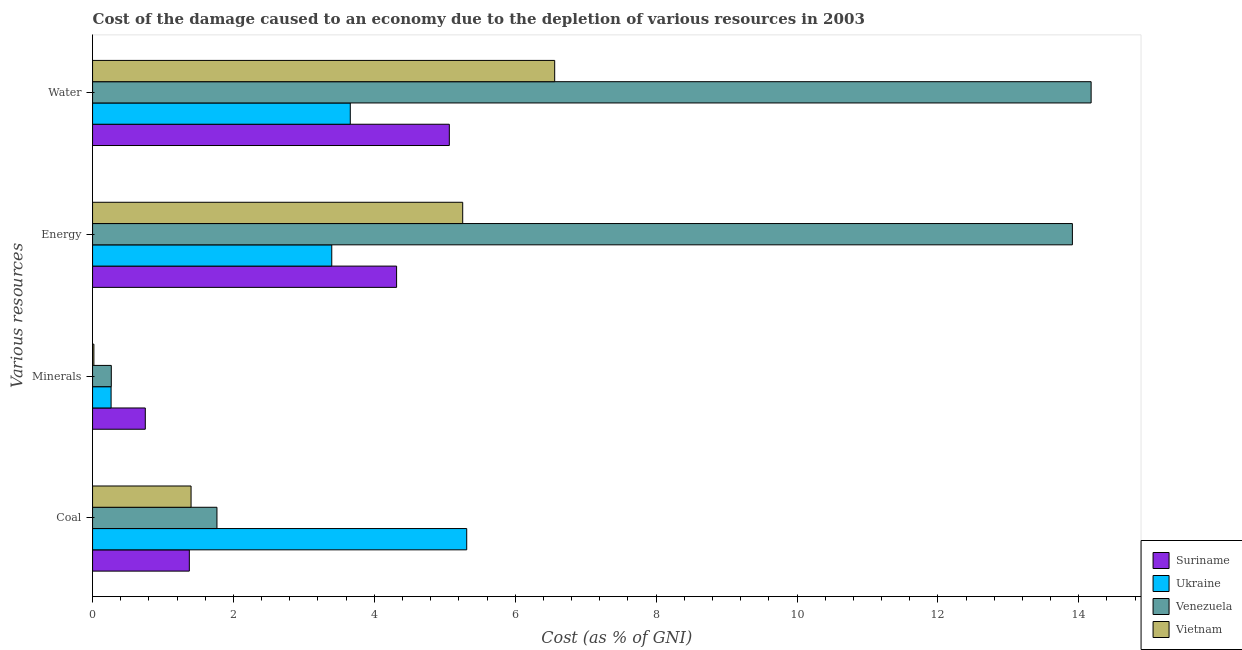
| Various resources | Suriname | Ukraine | Venezuela | Vietnam |
 | --- | --- | --- | --- | --- |
 | Coal | 1.37 | 5.31 | 1.77 | 1.4 |
 | Minerals | 0.749 | 0.263 | 0.266 | 0.0187 |
 | Energy | 4.32 | 3.4 | 13.9 | 5.25 |
 | Water | 5.06 | 3.66 | 14.2 | 6.56 |